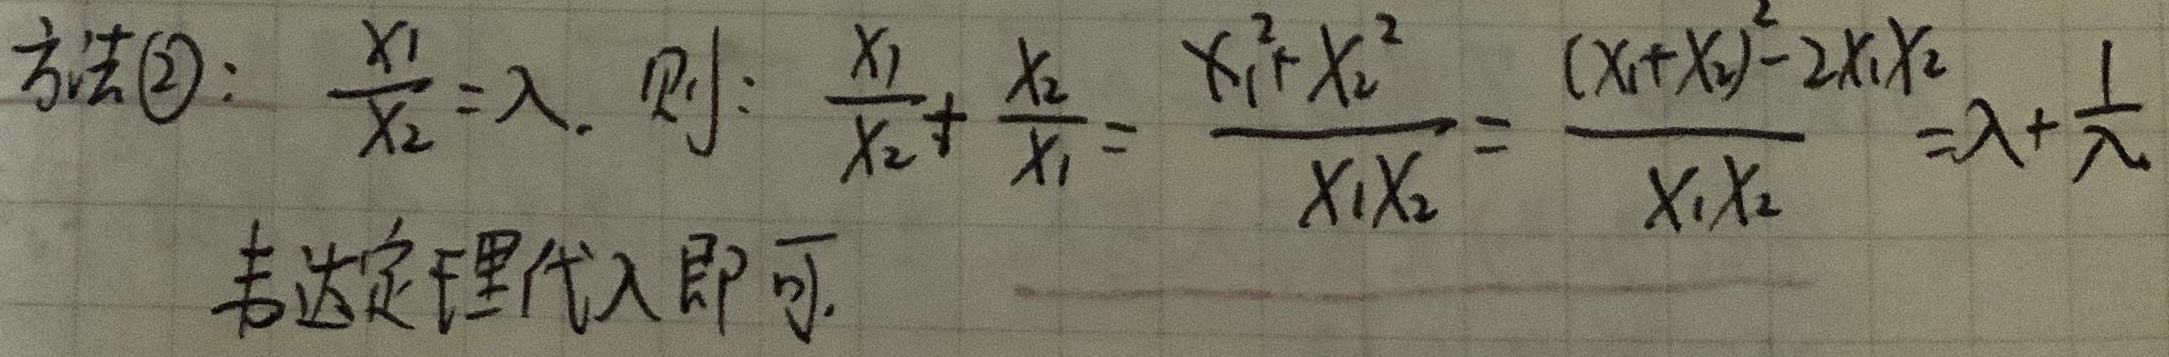
方法2：\(\frac{x_1}{x_2}=\lambda\)。则：\(\frac{x_1}{x_2}+ \frac{x_2}{x_1}= \frac{x_1^{2}+x_2^{2}}{x_1x_2}= \frac{(x_1 + x_2)^{2}-2x_1x_2}{x_1x_2}=\lambda+\frac{1}{\lambda}\)，韦达定理代入即可。